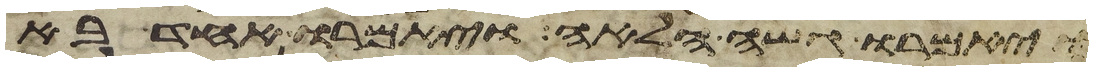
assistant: ויאמרו גשה הלאה ויאמרו אחד בא